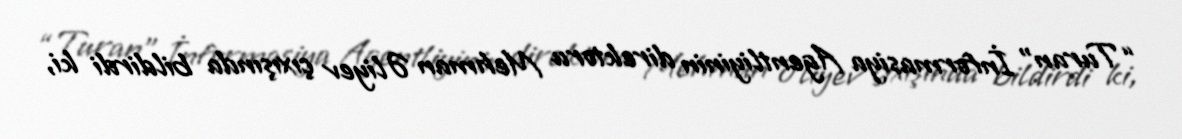
“Turan” İnformasiya Agentliyinin direktoru Mehman Əliyev çıxışında bildirdi ki,